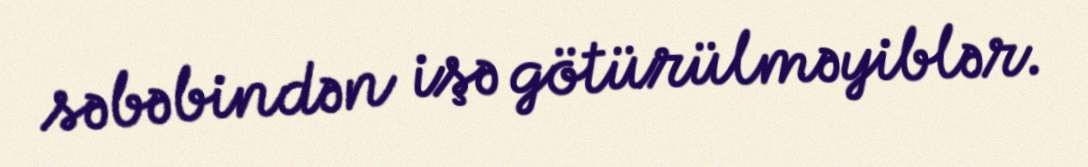
səbəbindən işə götürülməyiblər.